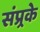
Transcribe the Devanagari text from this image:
संप्र्रके